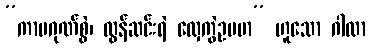
”ကာမဂုဏ်စွဲ၊ လွန်ဆင်းရဲ လှေကွဲဥပမာ” ဟူသော ဂါထာ